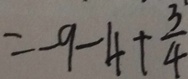
= - 9 - 4 + \frac { 3 } { 4 }